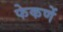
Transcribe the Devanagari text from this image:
फेकणें